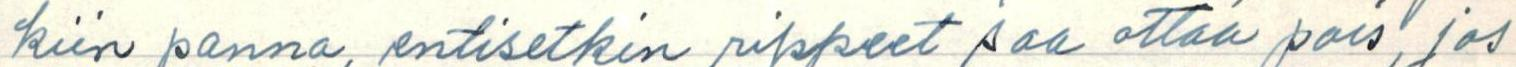
kiin panna entisetkin rippeet saa ottaa pois, jos